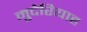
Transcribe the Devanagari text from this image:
मुदेरियाह